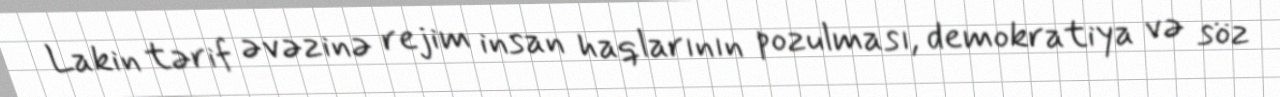
Lakin tərif əvəzinə rejim insan haqlarının pozulması, demokratiya və söz